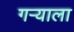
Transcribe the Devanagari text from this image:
गर्‍याला